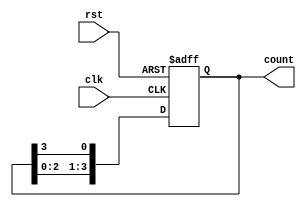
module ring_counter (
    input wire clk,          // Clock input
    input wire rst,          // Reset input
    output reg [3:0] count   // 4-bit output representing the state of the counter
);

    // Initialize the counter
    always @(posedge clk or posedge rst) begin
        if (rst) begin
            count <= 4'b1000; // Initialize to 1000
        end else begin
            // Shift the '1' to the right
            count <= {count[2:0], count[3]}; // Feedback from the last flip-flop
        end
    end

endmodule